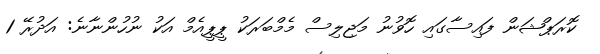
ކޮރަޕްޝަން ފައިސާގައި ހޮވުނު މަޖިލިސް މެމްބަރަކު ޕީޕީއެމް އަކު ނުހުންނާނެ: އަދުރޭ 1